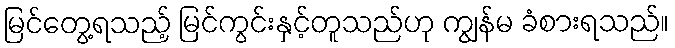
မြင်တွေ့ရသည့် မြင်ကွင်းနှင့်တူသည်ဟု ကျွန်မ ခံစားရသည်။